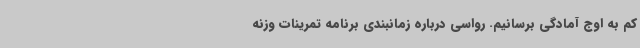
کم به اوج آمادگی برسانیم. رواسی درباره زمانبندی برنامه تمرینات وزنه